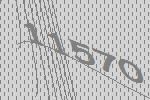
11570